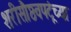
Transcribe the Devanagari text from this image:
शरीसौष्ठवपटूंच्या